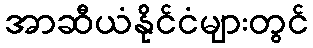
အာဆီယံနိုင်ငံများတွင်